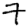
Digit: 7